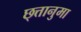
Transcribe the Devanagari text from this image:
छ्त्तानुमा